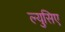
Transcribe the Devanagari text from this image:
ल्युसिए